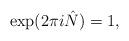
LaTeX: \begin{align*}\exp( 2 \pi i \hat{N} ) = 1,\end{align*}